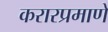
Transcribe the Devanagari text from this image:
करारप्रमाणे